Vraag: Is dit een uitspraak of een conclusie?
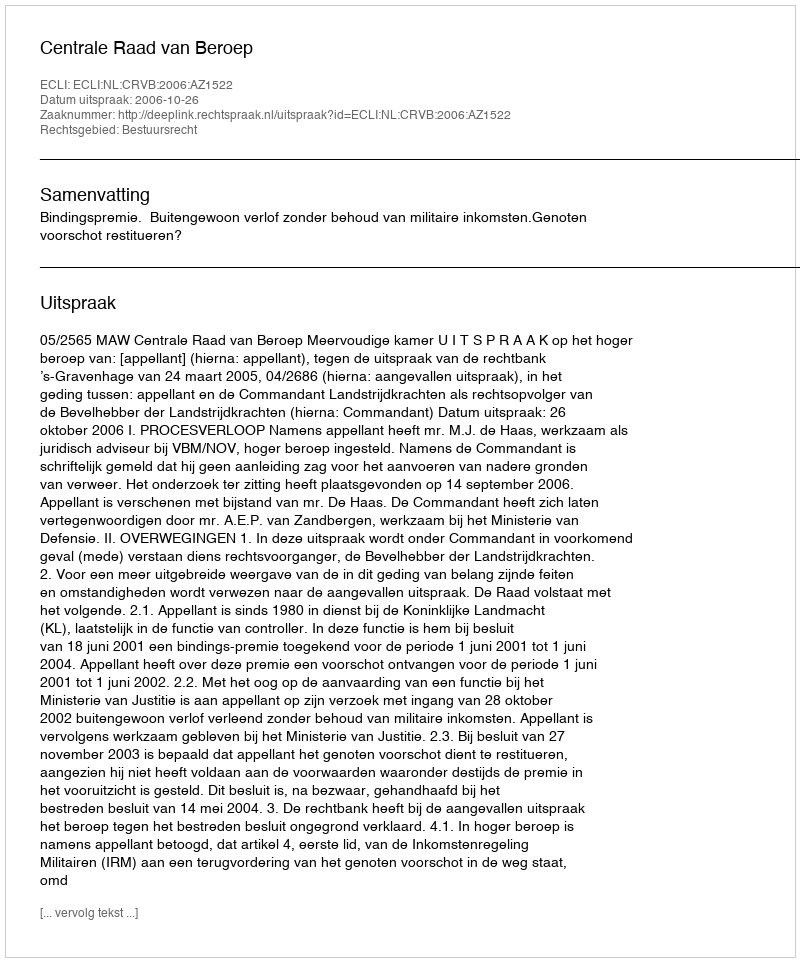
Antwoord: Uitspraak